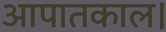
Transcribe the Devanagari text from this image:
आपातकाल।